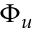
\Phi _ { u }